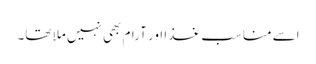
اسے مناسب غذا اور آرام بھی نہیں ملا تھا۔